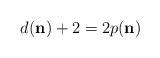
LaTeX: \begin{align*}d(\mathbf n)+2=2p(\mathbf n)\end{align*}